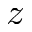
z